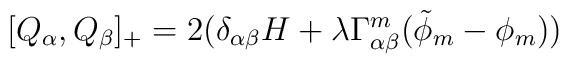
[Q_{\alpha}, Q_{\beta}]_{+} = 2(\delta_{\alpha \beta} H + \lambda \Gamma^{m}_{\alpha \beta} (\tilde{\phi}_{m} - \phi_{m} ))